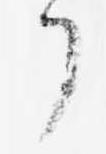
了